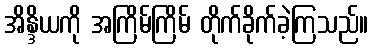
အိန္ဒိယကို အကြိမ်ကြိမ် တိုက်ခိုက်ခဲ့ကြသည်။